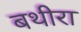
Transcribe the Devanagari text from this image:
बथीरा